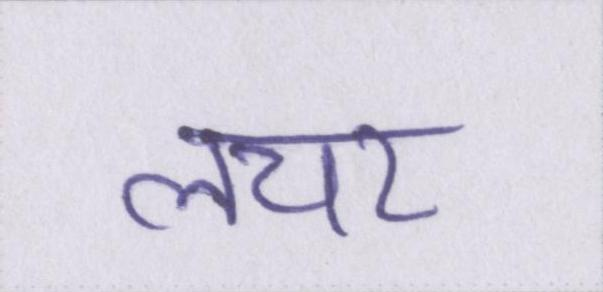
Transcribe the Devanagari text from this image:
लचर